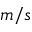
m / s